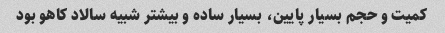
کمیت و حجم بسیار پایین، بسیار ساده و بیشتر شبیه سالاد کاهو بود